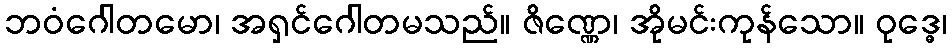
ဘဝံဂေါတမော၊ အရှင်ဂေါတမသည်။ ဇိဏ္ဏေ၊ အိုမင်းကုန်သော။ ဝုဒ္ဓေ၊